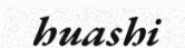
huashi